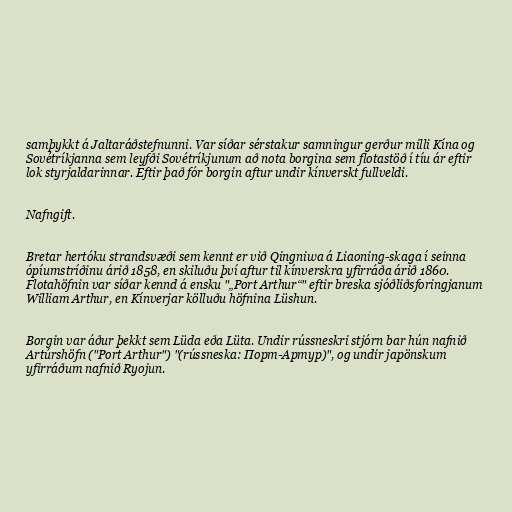
samþykkt á Jaltaráðstefnunni. Var síðar sérstakur samningur gerður milli Kína og
Sovétríkjanna sem leyfði Sovétríkjunum að nota borgina sem flotastöð í tíu ár eftir
lok styrjaldarinnar. Eftir það fór borgin aftur undir kínverskt fullveldi.

Nafngift.

Bretar hertóku strandsvæði sem kennt er við Qingniwa á Liaoning-skaga í seinna
ópíumstríðinu árið 1858, en skiluðu því aftur til kínverskra yfirráða árið 1860.
Flotahöfnin var síðar kennd á ensku "„Port Arthur“" eftir breska sjóðliðsforingjanum
William Arthur, en Kínverjar kölluðu höfnina Lüshun.

Borgin var áður þekkt sem Lüda eða Lüta. Undir rússneskri stjórn bar hún nafnið
Artúrshöfn ("Port Arthur") "(rússneska: Порт-Артур)", og undir japönskum
yfirráðum nafnið Ryojun.